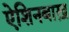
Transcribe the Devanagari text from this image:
ऐशिनबाख़